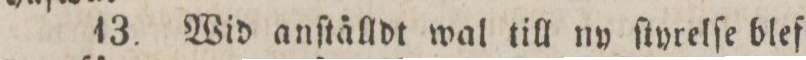
13. Wid anſtälldt wal till ny ſtyrelſe blef